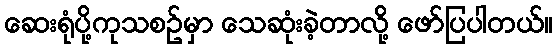
ဆေးရုံပို့ကုသစဥ်မှာ သေဆုံးခဲ့တာလို့ ဖော်ပြပါတယ်။